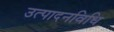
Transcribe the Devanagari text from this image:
उत्पादनविधि